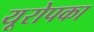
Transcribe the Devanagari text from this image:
यूरोपका